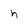
Character: n